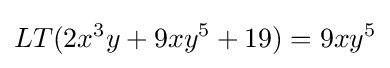
LT(2x^{3}y+9xy^{5}+19)=9xy^{5}